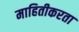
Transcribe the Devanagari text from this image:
माहितीकरता